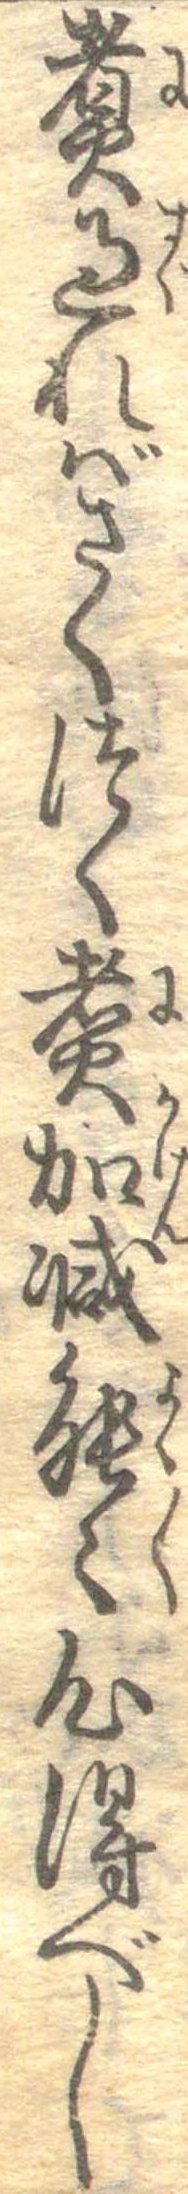
煮過ればさくつく煮加減能〱心得べし